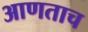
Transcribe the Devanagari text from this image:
आणताच